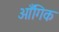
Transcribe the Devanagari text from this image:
आँगिक